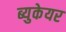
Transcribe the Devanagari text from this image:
ब्युकेयर